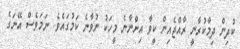
ކުދިން ދިމާކުރާނީ ރާއްޖެއިން ކީވާ އިންނާނެ މީހަކު ނުވާނެ ކަމުގައެވެ. ނަމަވެސް އޭނަގެ